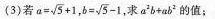
(3)若 $$a = \sqrt { 5 } + 1$$ ，$$b = \sqrt { 5 } - 1$$求$$a ^ { 2 } b + a b ^ { 2 }$$的值；